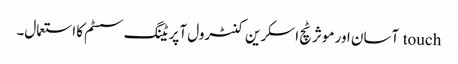
touch آسان اور موثر ٹچ اسکرین کنٹرول آپریٹنگ سسٹم کا استعمال۔